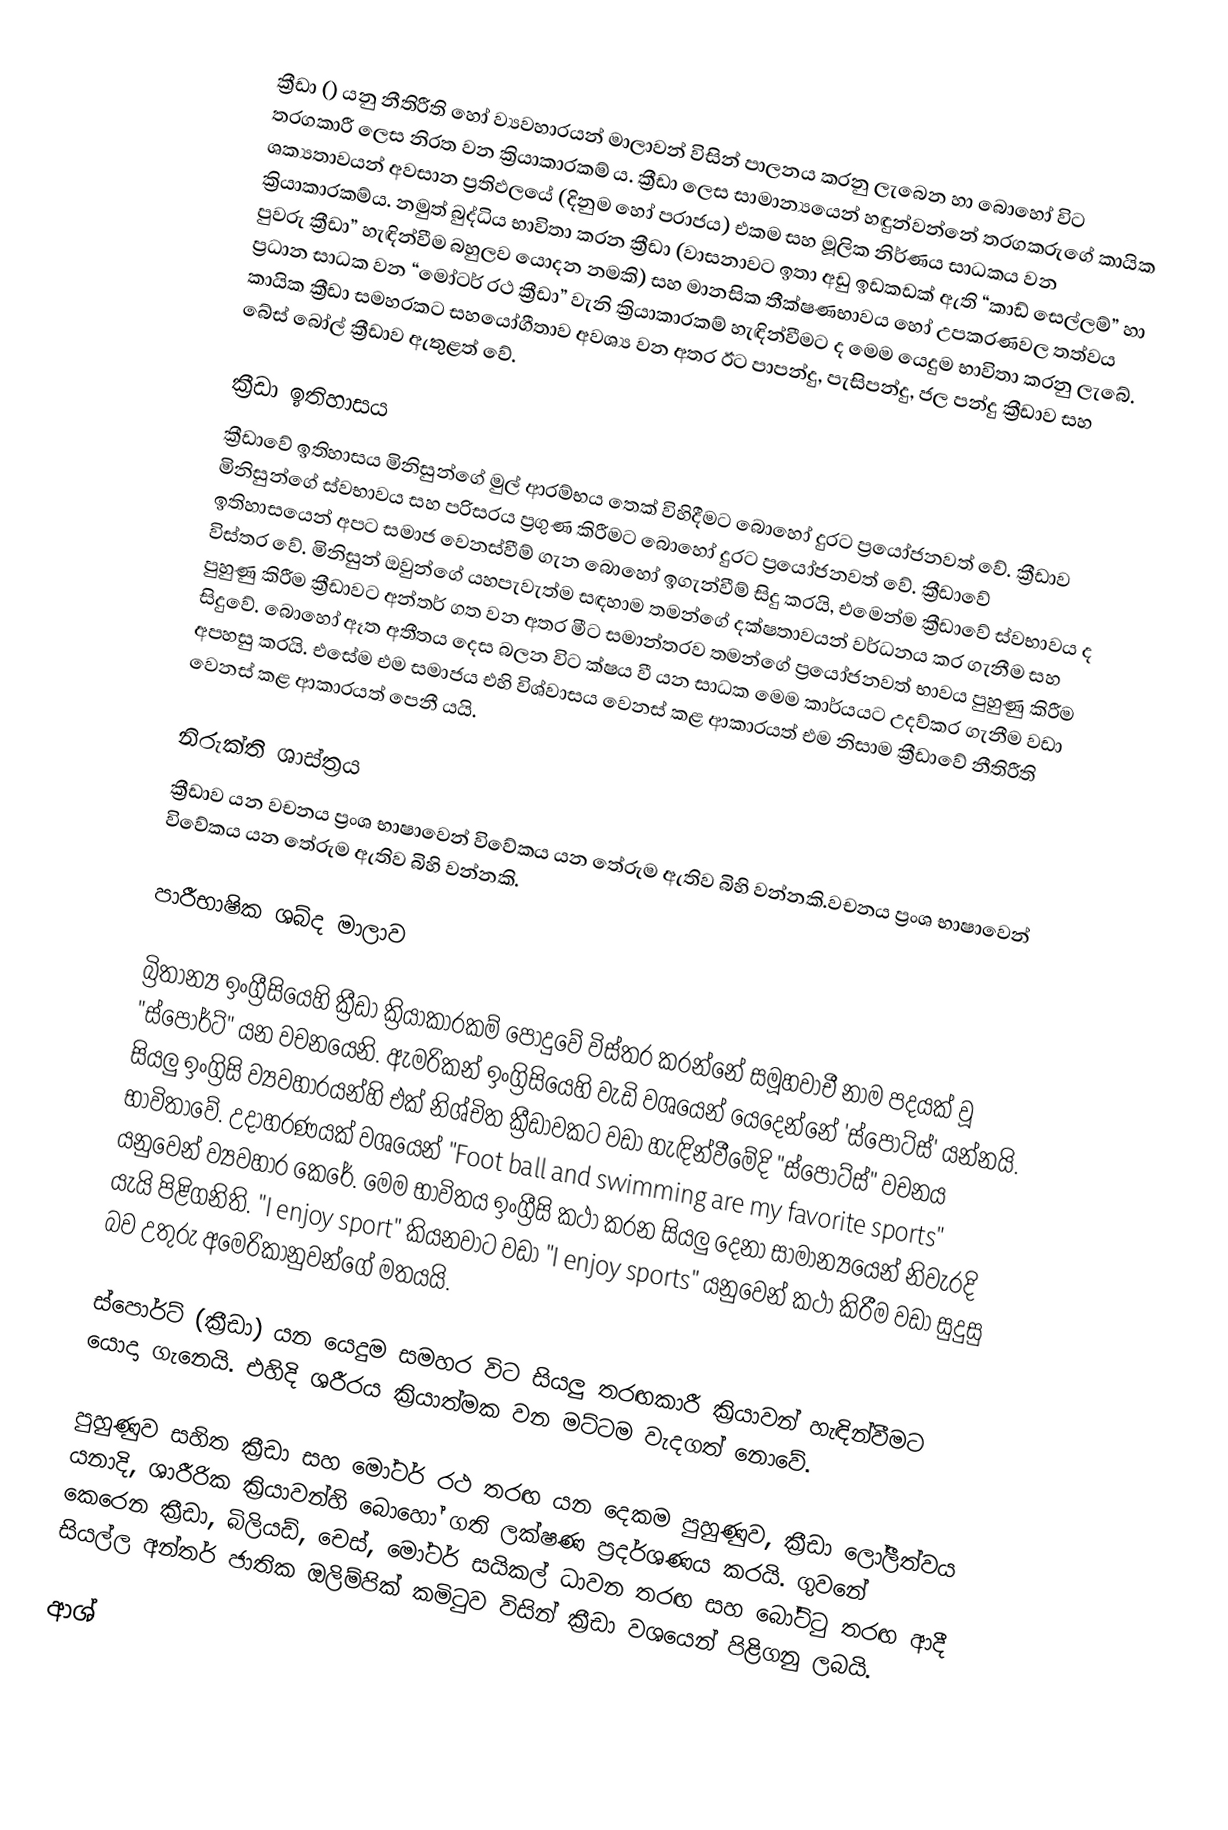
ක්‍රීඩා () යනු නීතිරීති හෝ ව්‍යවහාරයන් මාලාවන් විසින් පාලනය කරනු ලැබෙන හා බොහෝ විට තරගකාරී ලෙස නිරත වන ක්‍රියාකාරකම් ය. ක්‍රීඩා ලෙස සාමාන්‍යයෙන් හඳුන්වන්නේ තරගකරුගේ කායික ශක්‍යතාවයන් අවසාන ප්‍රතිඵලයේ (දිනුම හෝ පරාජය) එකම සහ මූලික නිර්ණය සාධකය වන ක්‍රියාකාරකම්ය. නමුත් බුද්ධිය භාවිතා කරන ක්‍රීඩා (වාසනාවට ඉතා අඩු ඉඩකඩක් ඇති “කාඩ් සෙල්ලම්” හා පුවරු ක්‍රීඩා” හැඳින්වීම බහුලව යොදන නමකි) සහ මානසික තීක්ෂණභාවය හෝ උපකරණවල තත්වය ප්‍රධාන සාධක වන “මෝටර් රථ ක්‍රීඩා” වැනි ක්‍රියාකාරකම් හැඳින්වීමට ද මෙම යෙදුම භාවිතා කරනු ලැබේ. කායික ක්‍රීඩා සමහරකට සහයෝගීතාව අවශ්‍ය වන අතර ඊට පාපන්දු, පැසිපන්දු, ජල පන්දු ක්‍රීඩාව සහ බේස් බෝල් ක්‍රීඩාව ඇතුළත් වේ.

ක්‍රීඩා ඉතිහාසය
ක්‍රීඩාවේ ඉතිහාසය මිනිසුන්ගේ මුල් ආරම්භය තෙක් විහිදීමට බොහෝ දුරට ප්‍රයෝජනවත් වේ. ක්‍රීඩාව මිනිසුන්ගේ ස්වභාවය සහ පරිසරය ප්‍රගුණ කිරීමට බොහෝ දුරට ප්‍රයෝජනවත් වේ. ක්‍රීඩාවේ ඉතිහාසයෙන් අපට සමාජ වෙනස්වීම් ගැන බොහෝ ඉගැන්වීම් සිදු කරයි, එමෙන්ම ක්‍රීඩාවේ ස්වභාවය ද විස්තර වේ. මිනිසුන් ඔවුන්ගේ යහපැවැත්ම සඳහාම තමන්ගේ දක්ෂතාවයන් වර්ධනය කර ගැනීම සහ පුහුණු කිරීම ක්‍රීඩාවට අන්තර් ගත වන අතර මීට සමාන්තරව තමන්ගේ ප්‍රයෝජනවත් භාවය පුහුණු කිරීම සිදුවේ. බොහෝ ඈත අතීතය දෙස බලන විට ක්ෂය වී යන සාධක මෙම කාර්යයට උදව්කර ගැනීම වඩා අපහසු කරයි. එසේම එම සමාජය එහි විශ්වාසය වෙනස් කළ ආකාරයත් එම නිසාම ක්‍රීඩාවේ නීතිරීති වෙනස් කළ ආකාරයත් පෙනී යයි.

නිරුක්ති ශාස්ත්‍රය
ක්‍රීඩාව යන වචනය ප්‍රංශ භාෂාවෙන් විවේකය යන තේරුම ඇතිව බිහි වන්නකි.වචනය ප්‍රංශ භාෂාවෙන් විවේකය යන තේරුම ඇතිව බිහි වන්නකි.

පාරීභාෂික ශබ්ද මාලාව

බ්‍රිතාන්‍ය ඉංග්‍රීසියෙහි ක්‍රීඩා ක්‍රියාකාරකම් පොදුවේ විස්තර කරන්නේ සමූහවාචී නාම පදයක් වූ "ස්පොර්ට්" යන වචනයෙනි. ඇමරිකන් ඉංග්‍රිසියෙහි වැඩි වශයෙන් යෙදෙන්නේ 'ස්පොට්ස්' යන්නයි. සියලු ඉංග්‍රිසි ව්‍යවහාරයන්හි එක් නිශ්චිත ක්‍රීඩාවකට වඩා හැඳින්වීමේදි "ස්පෝට්ස්" වචනය භාවිතාවේ. උදාහරණයක් වශයෙන් "Foot ball and swimming are my favorite sports" යනුවෙන් ව්‍යවහාර කෙරේ. මෙම භාවිතය ඉංග්‍රීසි කථා කරන සියලු දෙනා සාමාන්‍යයෙන් නිවැරදි යැයි පිළිගනිති. "I enjoy sport" කියනවාට වඩා "I enjoy sports" යනුවෙන් කථා කිරීම වඩා සුදුසු බව උතුරු අමෙරිකානුවන්ගේ මතයයි.

ස්පොර්ට් (ක්‍රීඩා) යන යෙදුම සමහර විට සියලු තරඟකාරී ක්‍රියාවන් හැඳින්වීමට යොදා ගැනෙයි. එහිදි ශරීරය ක්‍රියාත්මක වන මට්ටම වැදගත් නො‍වේ.

පුහුණුව සහිත ක්‍රීඩා සහ මෝටර් රථ තරඟ යන දෙකම පුහුණුව, ක්‍රීඩා ලෝලීත්වය යනාදි, ශාරීරික ක්‍රියාවන්හි බොහෝ ගති ලක්ෂණ ප්‍රදර්ශණය කරයි. ගුවනේ කෙරෙන ක්‍රීඩා, බිලියඩ්, චෙස්, මෝටර් සයිකල් ධාවන තරඟ සහ බෝට්ටු තරඟ ආදී සියල්ල අන්තර් ජාතික ඔලිම්පික් කමිටුව විසින් ක්‍රීඩා වශයෙන් පිළිගනු ලබයි.

ආශ්‍